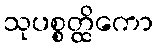
သုပစ္စတ္ထိကော